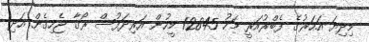
މިދިޔަ އަހަރުގެ ފެބްރުއަރީ މަހު 12845 މީހުން އަރިދަފުސް ރޯގާ ޖެހިގެން އަދި